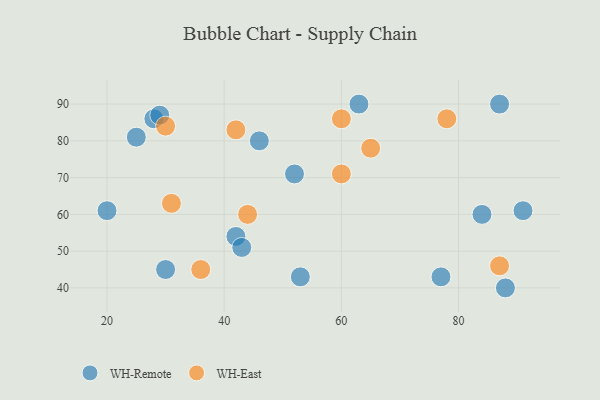
{"axis": {"x": "GDP", "y": "Life Expectancy"}, "legend": ["WH-East", "WH-Remote"], "data": [{"x": "42", "y": 54, "type": "WH-Remote"}, {"x": "77", "y": 43, "type": "WH-Remote"}, {"x": "52", "y": 71, "type": "WH-Remote"}, {"x": "84", "y": 60, "type": "WH-Remote"}, {"x": "20", "y": 61, "type": "WH-Remote"}, {"x": "88", "y": 40, "type": "WH-Remote"}, {"x": "43", "y": 51, "type": "WH-Remote"}, {"x": "91", "y": 61, "type": "WH-Remote"}, {"x": "63", "y": 90, "type": "WH-Remote"}, {"x": "53", "y": 43, "type": "WH-Remote"}, {"x": "28", "y": 86, "type": "WH-Remote"}, {"x": "46", "y": 80, "type": "WH-Remote"}, {"x": "87", "y": 90, "type": "WH-Remote"}, {"x": "30", "y": 45, "type": "WH-Remote"}, {"x": "29", "y": 87, "type": "WH-Remote"}, {"x": "25", "y": 81, "type": "WH-Remote"}, {"x": "30", "y": 84, "type": "WH-East"}, {"x": "31", "y": 63, "type": "WH-East"}, {"x": "78", "y": 86, "type": "WH-East"}, {"x": "87", "y": 46, "type": "WH-East"}, {"x": "36", "y": 45, "type": "WH-East"}, {"x": "60", "y": 71, "type": "WH-East"}, {"x": "42", "y": 83, "type": "WH-East"}, {"x": "60", "y": 86, "type": "WH-East"}, {"x": "65", "y": 78, "type": "WH-East"}, {"x": "44", "y": 60, "type": "WH-East"}]}